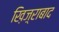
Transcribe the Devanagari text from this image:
ख़िज़्राबाद